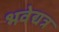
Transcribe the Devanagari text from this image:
भवेद्यत्र